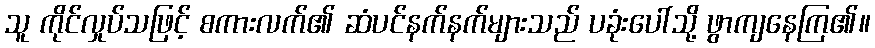
သူ ကိုင်လှုပ်သဖြင့် စကားလက်၏ ဆံပင်နက်နက်များသည် ပခုံးပေါ်သို့ ဖွာကျနေကြ၏။